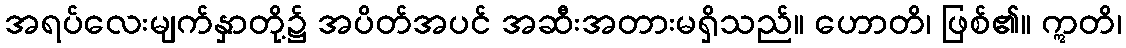
အရပ်လေးမျက်နှာတို့၌ အပိတ်အပင် အဆီးအတားမရှိသည်။ ဟောတိ၊ ဖြစ်၏။ ဣတိ၊